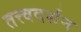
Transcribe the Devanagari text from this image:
तत्त्वदर्शन